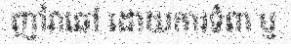
ញាំវាឆៅ ដោយការទំពា ឬ